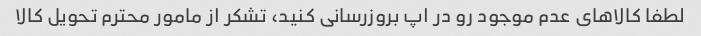
لطفا کالاهای عدم موجود رو در اپ بروزرسانی کنید، تشکر از مامور محترم تحویل کالا